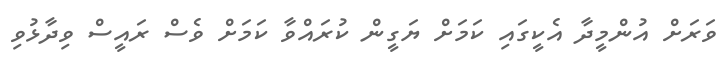
ވަރަށް އުންމީދާ އެކީގައި ކަމަށް ޔަގީން ކުރައްވާ ކަމަށް ވެސް ރައީސް ވިދާޅުވި